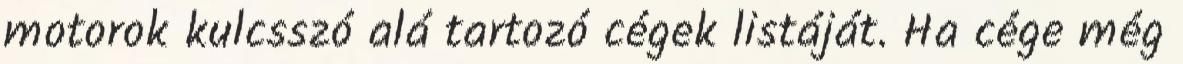
motorok kulcsszó alá tartozó cégek listáját. Ha cége még